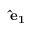
\mathbf { \hat { e } _ { 1 } }